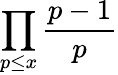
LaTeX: \prod_{p\leq x}{\frac{p-1}{p}}